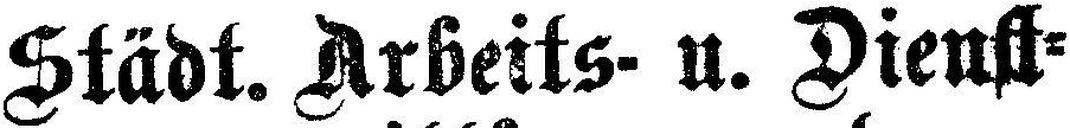
Städt. Arbeits- u. Dienst¬